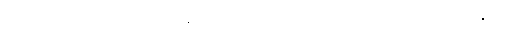
သတ္တလောက၌အကျုံးဝင်ကုန်၍။ သံသာရသောတံ၊ သံသရာအယဉ်သို့။ အနုဂတာ၊